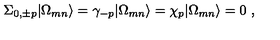
\Sigma _ { 0 , \pm p } | \Omega _ { m n } \rangle = \gamma _ { - p } | \Omega _ { m n } \rangle = \chi _ { p } | \Omega _ { m n } \rangle = 0 \ ,